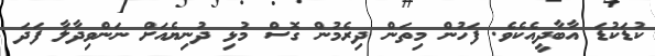
ކުޑަކުޑަ އާބާދީއެކެވެ. ފަހުން މިތަން ދިރެމުން ގޮސް މުޅި ދުނިޔެއަށް ނަންވިދާލާ ފަދަ